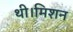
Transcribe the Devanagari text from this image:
थी।मिशन